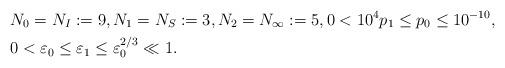
LaTeX: \begin{align*}& N_0=N_I:=9,N_1=N_S:=3,N_2=N_\infty:=5,0<10^4p_1\leq p_0\leq 10^{-10},\\& 0 < \varepsilon_0 \leq \varepsilon_1 \leq \varepsilon_0^{2/3} \ll 1.\end{align*}